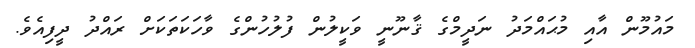
މައުމޫން އާއި މުޙައްމަދު ނަދީމްގެ ޤާނޫނީ ވަކީލުން ފުލުހުންގެ ވާހަކަތަކަށް ރައްދު ދީފިއެވެ.